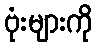
ဗုံးများကို